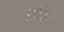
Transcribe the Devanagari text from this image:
हपेय